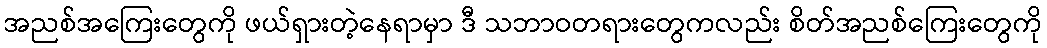
အညစ်အကြေးတွေကို ဖယ်ရှားတဲ့နေရာမှာ ဒီ သဘာဝတရားတွေကလည်း စိတ်အညစ်ကြေးတွေကို